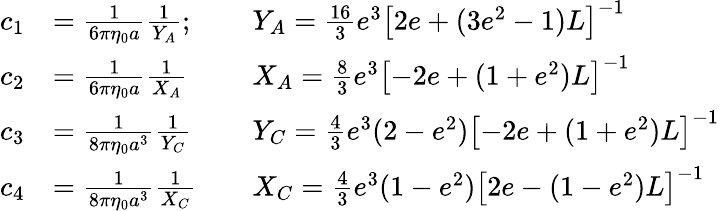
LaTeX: \begin{array}{rlrl}{c_{1}}&{=\frac{1}{6\pi\eta_{0}a}\frac{1}{Y_{A}};}&&{Y_{A}=\frac{16}{3}e^{3}\left[2e+(3e^{2}-1)L\right]^{-1}}\\ {c_{2}}&{=\frac{1}{6\pi\eta_{0}a}\frac{1}{X_{A}}}&&{X_{A}=\frac{8}{3}e^{3}\left[-2e+(1+e^{2})L\right]^{-1}}\\ {c_{3}}&{=\frac{1}{8\pi\eta_{0}a^{3}}\frac{1}{Y_{C}}}&&{Y_{C}=\frac{4}{3}e^{3}(2-e^{2})\left[-2e+(1+e^{2})L\right]^{-1}}\\ {c_{4}}&{=\frac{1}{8\pi\eta_{0}a^{3}}\frac{1}{X_{C}}}&&{X_{C}=\frac{4}{3}e^{3}(1-e^{2})\left[2e-(1-e^{2})L\right]^{-1}}\end{array}